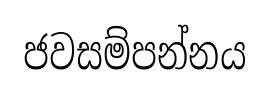
ජවසම්පන්නය